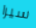
سيرا